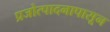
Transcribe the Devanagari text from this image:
प्रजोत्पादनापासून